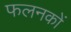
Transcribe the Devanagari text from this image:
फलनकों